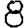
Digit: 8